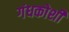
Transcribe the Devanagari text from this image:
गंधकोशी